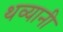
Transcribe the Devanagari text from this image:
थव्यानी